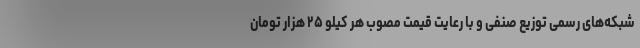
شبکه‌های رسمی توزیع صنفی و با رعایت قیمت مصوب هر کیلو ۲۵ هزار تومان